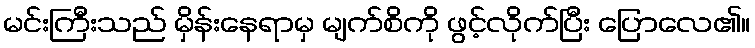
မင်းကြီးသည် မှိန်းနေရာမှ မျက်စိကို ဖွင့်လိုက်ပြီး ပြောလေ၏။